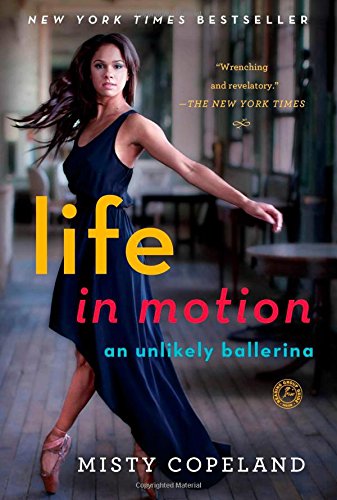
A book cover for Life in Motion: An Unlikely Ballerina; Misty Copeland; Humor & Entertainment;